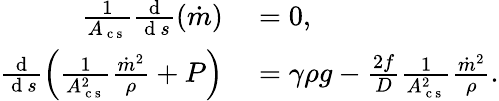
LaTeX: \begin{array}{rl}{\frac{1}{A_{\mathrm{~c~s~}}}\frac{\mathrm{~d~}}{\mathrm{~d~}s}(\dot{m})}&{{}=0,}\\ {\frac{\mathrm{~d~}}{\mathrm{~d~}s}\left(\frac{1}{A_{\mathrm{~c~s~}}^{2}}\frac{\dot{m}^{2}}{\rho}+P\right)}&{{}=\gamma\rho g-\frac{2f}{D}\frac{1}{A_{\mathrm{~c~s~}}^{2}}\frac{\dot{m}^{2}}{\rho}.}\end{array}